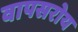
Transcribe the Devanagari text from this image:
वापसरोय